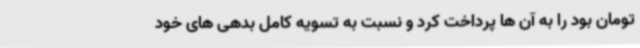
تومان بود را به آن ها پرداخت کرد و نسبت به تسویه کامل بدهی های خود